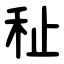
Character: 䄳